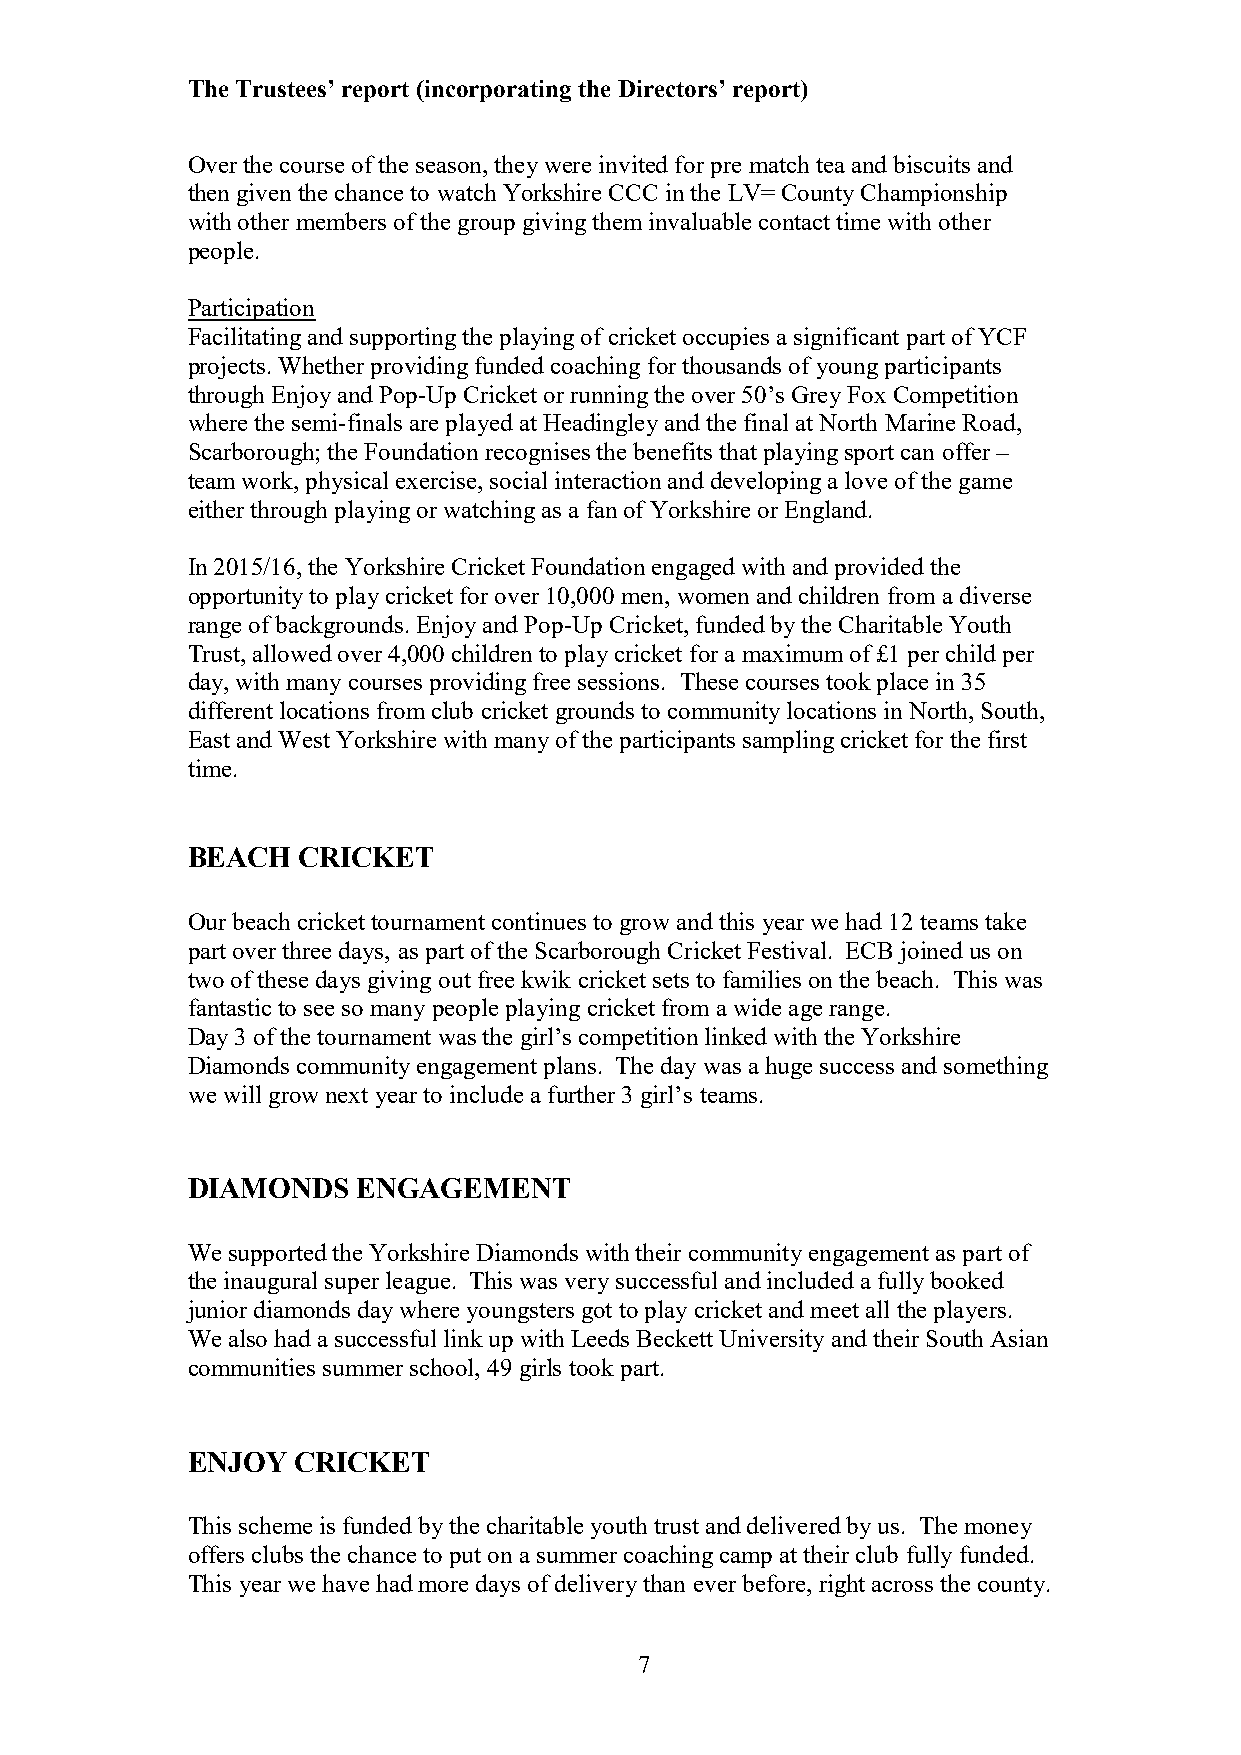
The Trustees’ report (incorporating the Directors’ report)
 Over the course of the season, they were invited for pre match tea and biscuits and
 then given the chance to watch Yorkshire CCC in the LV= County Championship
 with other members of the group giving them invaluable contact time with other
 people.
 Participation
 Facilitating and supporting the playing of cricket occupies a significant part of YCF
 projects. Whether providing funded coaching for thousands of young participants
 through Enjoy and Pop-Up Cricket or running the over 50’s Grey Fox Competition
 where the semi-finals are played at Headingley and the final at North Marine Road,
 Scarborough; the Foundation recognises the benefits that playing sport can offer –
 team work, physical exercise, social interaction and developing a love of the game
 either through playing or watching as a fan of Yorkshire or England.
 In 2015/16, the Yorkshire Cricket Foundation engaged with and provided the
 opportunity to play cricket for over 10,000 men, women and children from a diverse
 range of backgrounds. Enjoy and Pop-Up Cricket, funded by the Charitable Youth
 Trust, allowed over 4,000 children to play cricket for a maximum of £1 per child per
 day, with many courses providing free sessions. These courses took place in 35
 different locations from club cricket grounds to community locations in North, South,
 East and West Yorkshire with many of the participants sampling cricket for the first
 time.
 BEACH   CRICKET
 Our beach cricket tournament continues to grow and this year we had 12 teams take
 part over three days, as part of the Scarborough Cricket Festival. ECB joined us on
 two of these days giving out free kwik cricket sets to families on the beach. This was
 fantastic to see so many people playing cricket from a wide age range.
 Day 3 of the tournament was the girl’s competition linked with the Yorkshire
 Diamonds community engagement plans. The day was a huge success and something
 we will grow next year to include a further 3 girl’s teams.
 DIAMONDS    ENGAGEMENT
 We supported the Yorkshire Diamonds with their community engagement as part of
 the inaugural super league. This was very successful and included a fully booked
 junior diamonds day where youngsters got to play cricket and meet all the players.
 We also had a successful link up with Leeds Beckett University and their South Asian
 communities summer school, 49 girls took part.
 ENJOY  CRICKET
 This scheme is funded by the charitable youth trust and delivered by us. The money
 offers clubs the chance to put on a summer coaching camp at their club fully funded.
 This year we have had more days of delivery than ever before, right across the county.
 7